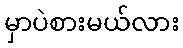
မှာပဲစားမယ်လား